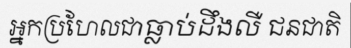
អ្នកប្រហែលជាធ្លាប់ដឹងលឺ ជនជាតិ